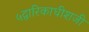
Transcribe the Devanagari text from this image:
५द्वारिकाधीशजी